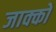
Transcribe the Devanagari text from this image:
जाक्को